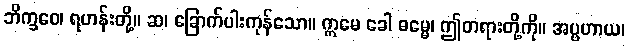
ဘိက္ခဝေ၊ ရဟန်းတို့။ ဆ၊ ခြောက်ပါးကုန်သော။ ဣမေ ခေါ ဓမ္မေ၊ ဤတရားတို့ကို။ အပ္ပဟာယ၊